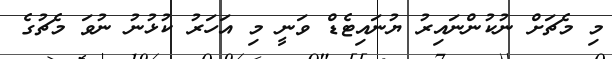
މި މެޗަށް ނުކުންނައިރު ޔުނައިޓެޑް ވަނީ މި އަހަރު ކުޅުނު ނުވަ މެޗުގެ